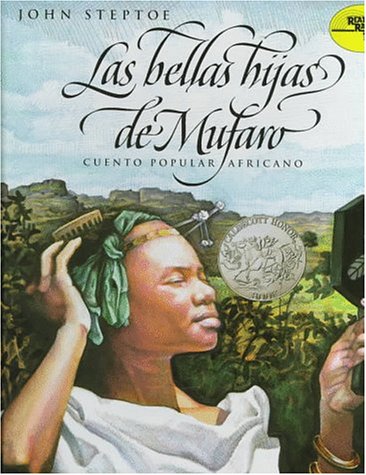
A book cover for Mufaro's Beautiful Daughters (Spanish edition): Las bellas hijas de Mufaro: Cuento popular Africano (Reading Rainbow Book); John Steptoe; Children's Books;